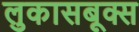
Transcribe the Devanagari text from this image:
लुकासबूक्स